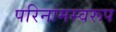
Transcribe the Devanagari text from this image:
परिनामस्वरूप